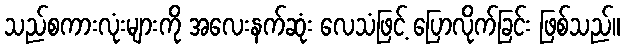
သည်စကားလုံးများကို အလေးနက်ဆုံး လေသံဖြင့် ပြောလိုက်ခြင်း ဖြစ်သည်။